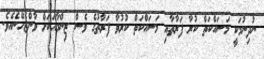
ނުދިނުމަކީ މަސައްކަތް ކުރާ ފަރާތާއި މަސައްކަތް ކުރުވާ ފަރާތުގެ ވެސް ޒިންމާއަކަށް ވާންޖެހޭނެއެވެ.